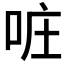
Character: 𠲕